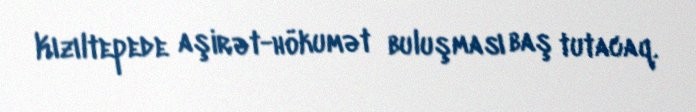
Kızıltepede aşirət-hökumət buluşması baş tutacaq.